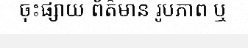
ចុះផ្សាយ ព័ត៌មាន រូបភាព ឬ